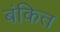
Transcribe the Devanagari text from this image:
बंकित